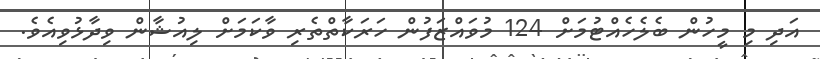
އަދި މި މީހުން ބެލެހެއްޓުމަށް 124 މުވައްޒަފުން ހަރަކާތްތެރި ވާކަމަށް ލިއުޝާން ވިދާޅުވިއެވެ.